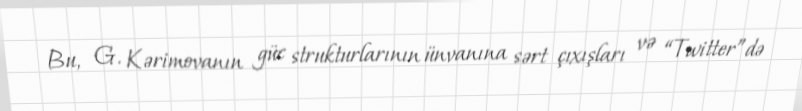
Bu, G. Kərimovanın güc strukturlarının ünvanına sərt çıxışları və “Twitter”də